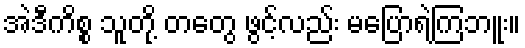
အဲဒီကိစ္စ သူတို့ တတွေ ဖွင့်လည်း မပြောရဲကြဘူး။